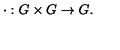
\cdot : G \times G \rightarrow G .